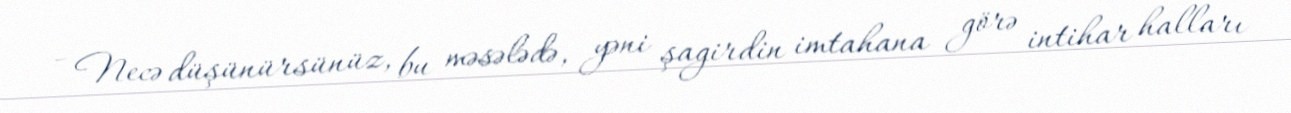
- Necə düşünürsünüz, bu məsələdə, yəni şagirdin imtahana görə intihar halları